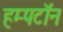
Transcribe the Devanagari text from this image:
हम्पटॉन